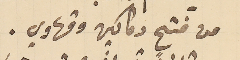
من فتح دكاكين وقهاوي  .